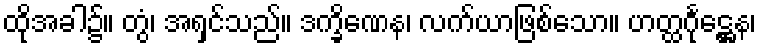
ထိုအခါ၌။ တွံ၊ အရှင်သည်။ ဒက္ခိဏေန၊ လက်ယာဖြစ်သော။ ဟတ္ထင်္ဂုဋ္ဌေန၊